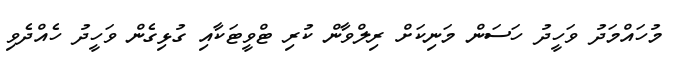
މުހައްމަދު ވަހީދު ހަސަން މަނިކަށް ރިލްވާން ކުރި ޓްވީޓަކާއި ގުޅިގެން ވަހީދު ހެއްދެވި